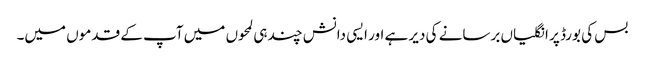
بس کی بورڈ پر انگلیاں برسانے کی دیر ہے اور ایسی دانش چند ہی لمحوں میں‌ آپ کے قدموں میں۔